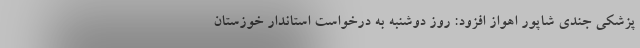
پزشکی جندی شاپور اهواز افزود: روز دوشنبه به درخواست استاندار خوزستان